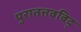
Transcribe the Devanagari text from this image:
पुरातत्तवविद्